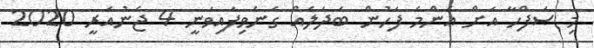
މި ޞަފްހާ އަށް އެންމެ ފަހުން ބަދަލެއް ގެނެވިފައިވަނީ 4 ޖެނުއަރީ 2020